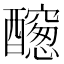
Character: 𨣭